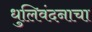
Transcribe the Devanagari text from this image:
धुलिवंदनाचा